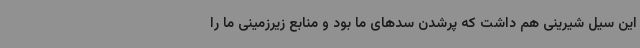
این سیل شیرینی هم داشت که پرشدن سدهای ما بود و منابع زیرزمینی ما را